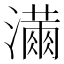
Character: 𭳓